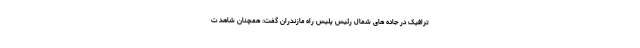
ترافیک در جاده های شمال رئیس پلیس راه مازندران گفت: همچنان شاهد ت